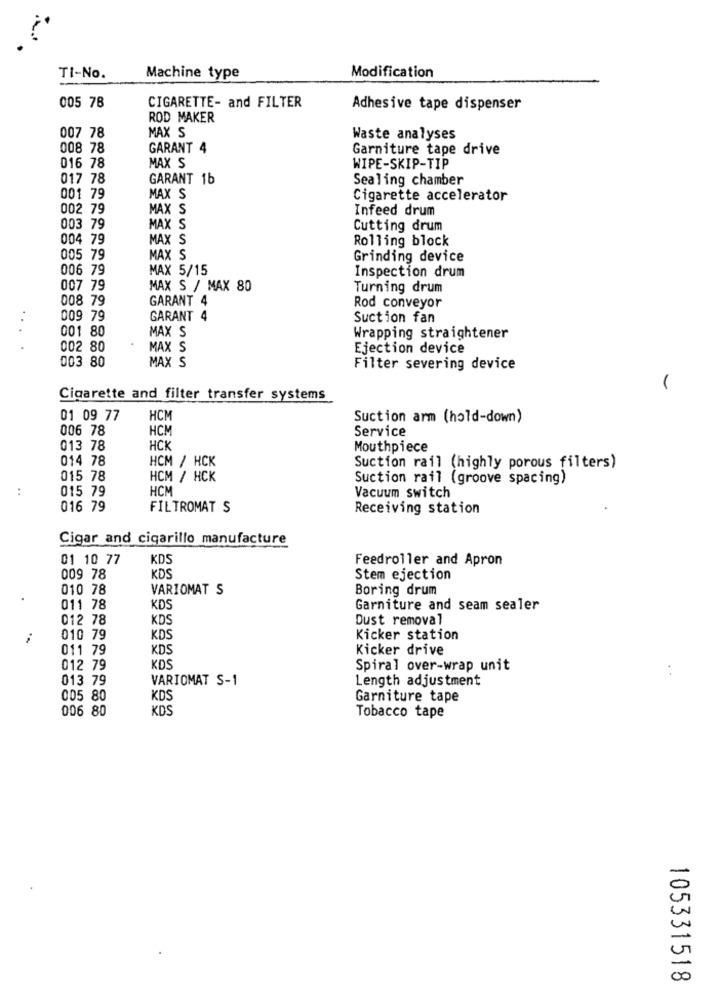
TI-No.
Machine type
Modification
005 78
CIGARETTE- and FILTER
Adhesive tape dispenser
ROD MAKER
007 78
MAX S
Waste analyses
008 78
GARANT 4
Garniture tape drive
016 78
MAX S
WIPE-SKIP-TIP
017 78
GARANT 1b
Sealing chamber
001 79
MAX S
Cigarette accelerator
002 79
MAX S
Infeed drum
003 79
MAX S
Cutting drum
004 79
MAX S
Rolling block
005 79
MAX S
Grinding device
006 79
MAX 5/15
Inspection drum
007 79
MAX S / MAX 80
Turning drum
008 79
GARANT 4
Rod conveyor
009 79
GARANT 4
Suction fan
001 80
MAX S
Wrapping straightener
002 80
MAX S
Ejection device
003 80
MAX S
Ennn
Filter severing device
(
Cigarette and filter transfer systems
01 09 77
HCM
Suction arm (hold-down)
006 78
HCM
Service
013 78
HCK
Mouthpiece
014 78
HCM / HCK
Suction rail (highly porous filters)
015 78
HCM / HCK
Suction rail (groove spacing)
..
015 79
HCM
Vacuum switch
016 79
FILTROMAT S
Receiving station
Cigar and cigarillo manufacture
01 10 77
KDS
Feedroller and Apron
009 78
KDS
Stem ejection
010 78
VARIOMAT S
Boring drum
011 78
KDS
Garniture and seam sealer
012 78
KDS
Dust removal
010 79
KDS
Kicker station
011 79
KDS
Kicker drive
012 79
KDS
Spiral over-wrap unit
..
013 79
VARIOMAT S-1
Length adjustment
005 80
KDS
Garniture tape
006 80
KDS
Tobacco tape
105331518